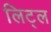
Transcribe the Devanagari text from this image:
लिट्‌ल